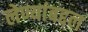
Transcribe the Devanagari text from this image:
लेण्यांबद्दल